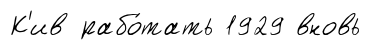
К'ив рабо́тать 1929 вновь